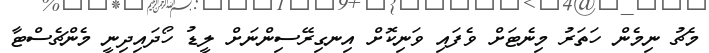
މެޗު ނިމެން ހަތަރު މިނެޓަށް ވެފައި ވަނިކޮށް އިނގިރޭސިންނަށް ލީޑު ހޯދައިދިނީ މެންޗެސްޓާ